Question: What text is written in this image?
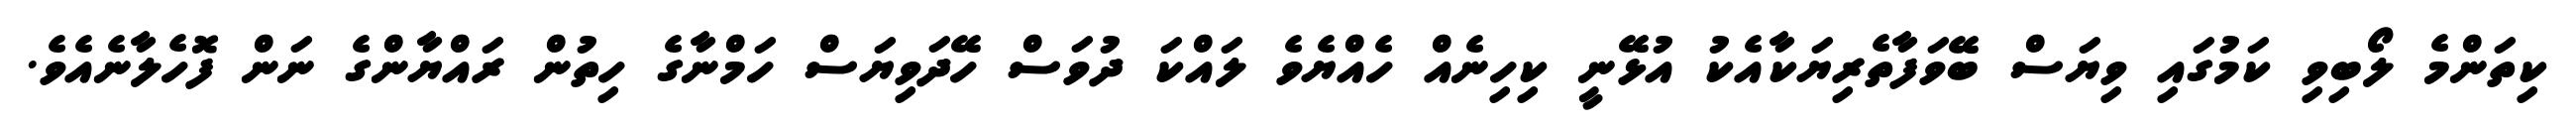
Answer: ކިތަންމެ ލޯބިވި ކަމުގައި ވިޔަސް ބޭވަފާތެރިޔަކާއެކު އުޅޭނީ ކިހިނެއް ހެއްޔެވެ ލައްކަ ދުވަސް ހޭދަވިޔަސް ހަމްނާގެ ހިތުން ރައްޔާންގެ ނަން ފޮހެލާނެއެވެ.